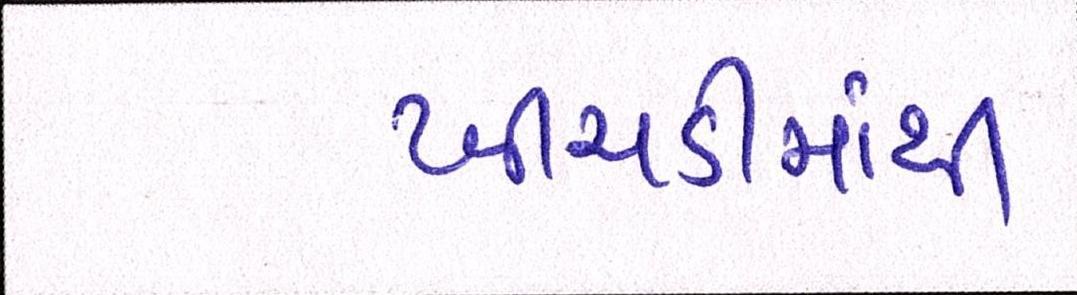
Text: ખીચડીમાંથી